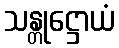
သန္တုဋ္ဌောယံ